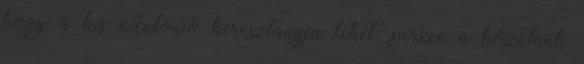
hogy a kis Antonio keresztanyja lehet, persze a közülünk